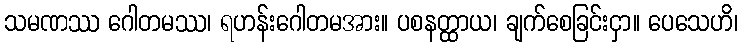
သမဏဿ ဂေါတမဿ၊ ရဟန်းဂေါတမအား။ ပစနတ္ထာယ၊ ချက်စေခြင်းငှာ။ ပေသေဟိ၊